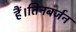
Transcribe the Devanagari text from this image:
हैं।तिनबर्जन